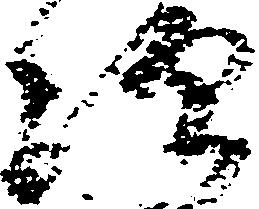
次